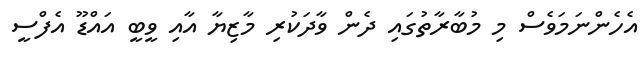
އެހެންނަމަވެސް މި މުބާރާތުގައި ދެން ވާދަކުރި މާޒިޔާ އާއި ވީބީ އައްޑޫ އެފްސީ